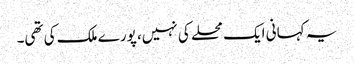
یہ کہانی ایک محلے کی نہیں، پورے ملک کی تھی۔